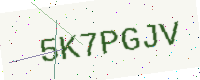
Text: 5K7PGJV